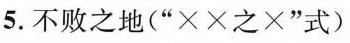
5.不败之地(”××之×”式)